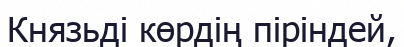
Князьді көрдің піріндей,